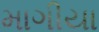
માગીયા